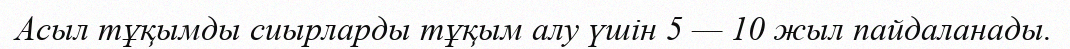
Асыл тұқымды сиырларды тұқым алу үшін 5 — 10 жыл пайдаланады.